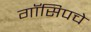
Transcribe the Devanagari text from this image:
गॉसिपचे